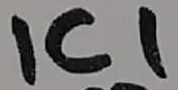
Text: IC1